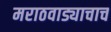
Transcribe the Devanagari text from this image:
मराठवाड्याचाच